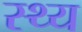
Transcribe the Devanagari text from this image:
स्थ्य